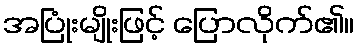
အပြုံးမျိုးဖြင့် ပြောလိုက်၏။